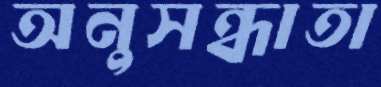
অনুসন্ধাতা